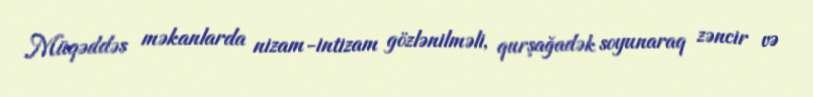
Müqəddəs məkanlarda nizam-intizam gözlənilməli, qurşağadək soyunaraq zəncir və